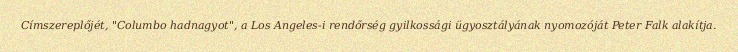
Címszereplőjét, "Columbo hadnagyot", a Los Angeles-i rendőrség gyilkossági ügyosztályának nyomozóját Peter Falk alakítja.